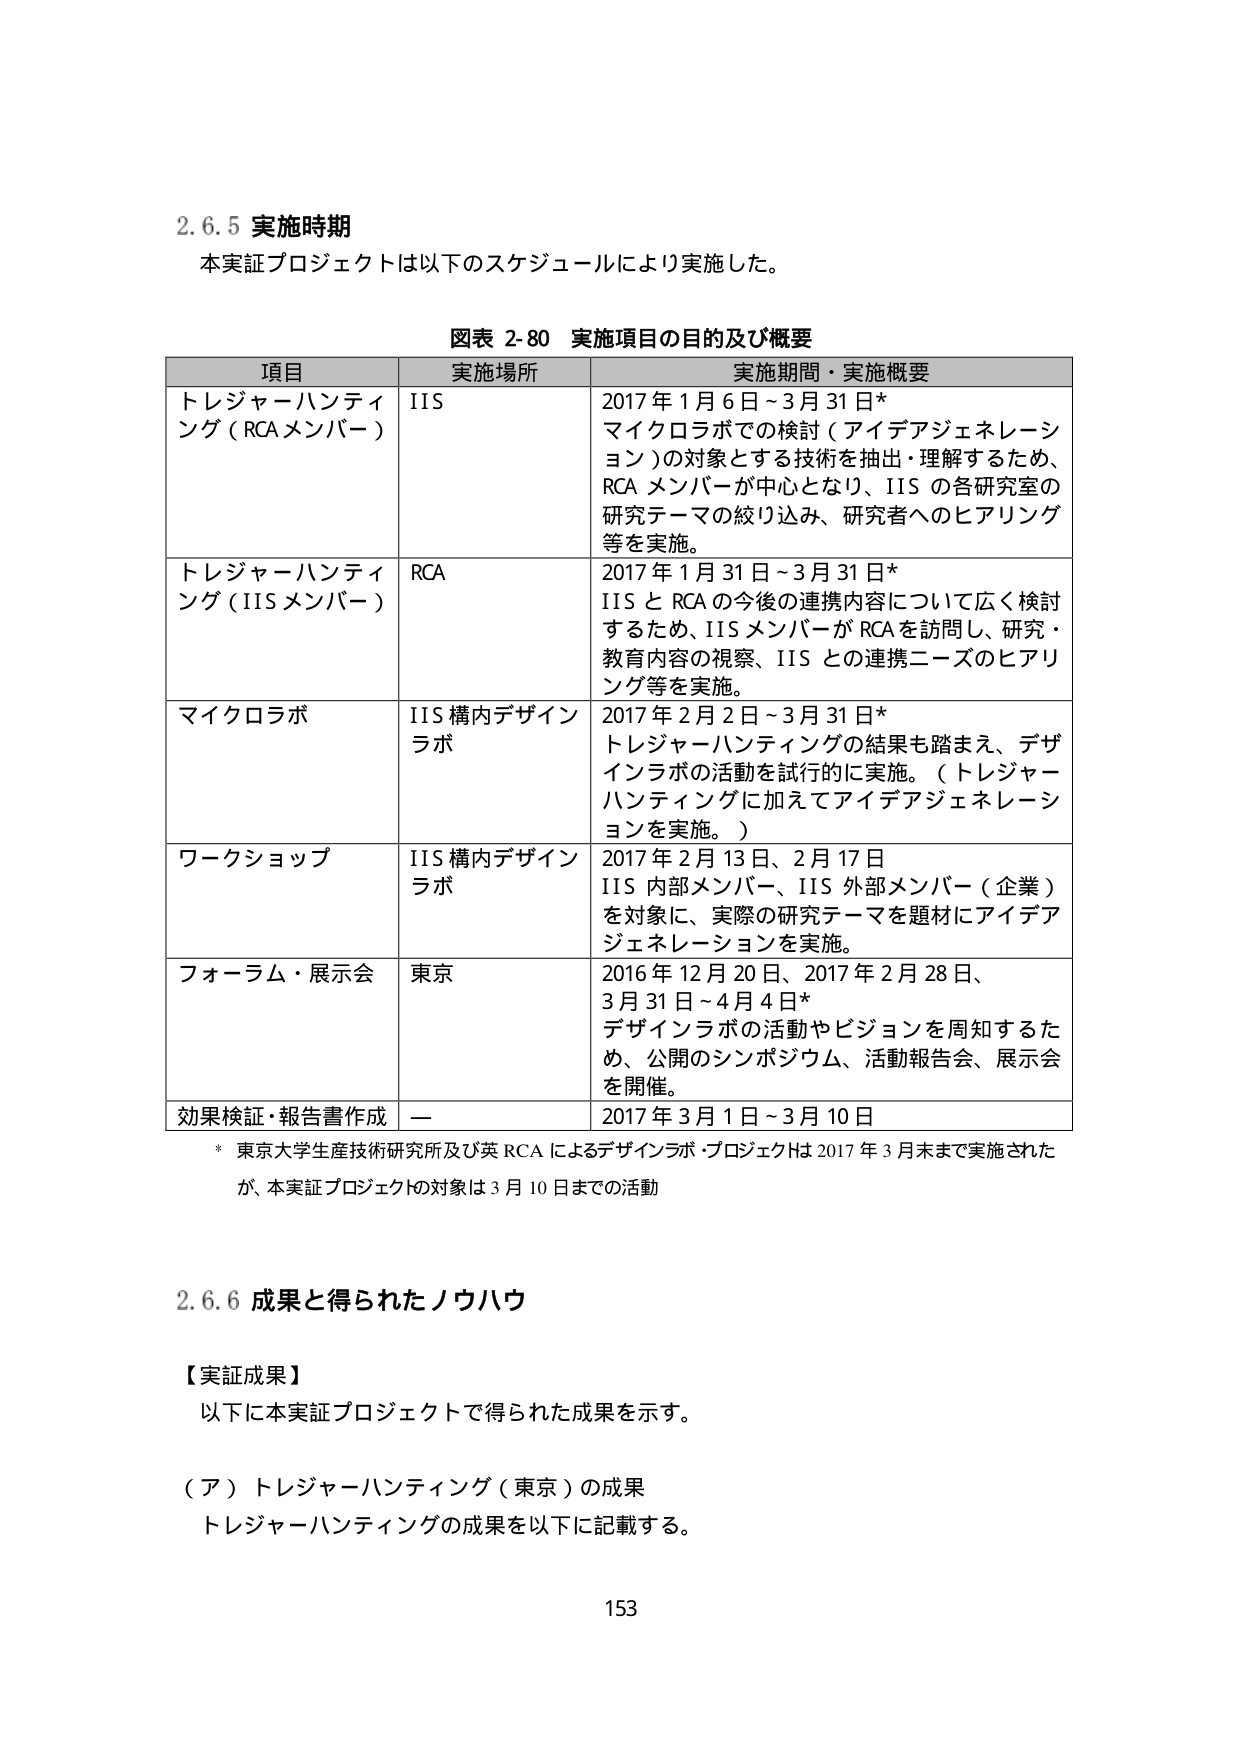
2.6.5 実施時期
本実証プロジェクトは以下のスケジュールにより実施した。

図表 2-80 実施項目の目的及び概要

項目　　　　　　　　　実施場所　　　　　　　実施期間・実施概要
トレジャーハンティング（RCAメンバー）　IIS　　2017年1月6日～3月31日*
　　　　　　　　　　　　　　　　　　　　マイクロラボでの検討（アイデアジェネレーション）の対象とする技術を抽出・理解するため、RCAメンバーが中心となり、IISの各研究室の研究テーマの絞り込み、研究者へのヒアリング等を実施。

トレジャーハンティング（IISメンバー）　RCA　　2017年1月31日～3月31日*
　　　　　　　　　　　　　　　　　　　　IISとRCAの今後の連携内容について広く検討するため、IISメンバーがRCAを訪問し、研究・教育内容の視察、IISとの連携ニーズのヒアリング等を実施。

マイクロラボ　　　　　IIS構内デザインラボ　　2017年2月2日～3月31日*
　　　　　　　　　　　　　　　　　　　　トレジャーハンティングの結果も踏まえ、デザインラボの活動を試行的に実施。（トレジャーハンティングに加えてアイデアジェネレーションを実施。）

ワークショップ　　　　IIS構内デザインラボ　　2017年2月13日、2月17日
　　　　　　　　　　　　　　　　　　　　IIS内部メンバー、IIS外部メンバー（企業）を対象に、実際の研究テーマを題材にアイデアジェネレーションを実施。

フォーラム・展示会　　東京　　　　　　　　2016年12月20日、2017年2月28日、3月31日～4月4日*
　　　　　　　　　　　　　　　　　　　　デザインラボの活動やビジョンを周知するため、公開のシンポジウム、活動報告会、展示会を開催。

効果検証・報告書作成　ー　　　　　　　　2017年3月1日～3月10日

* 東京大学生産技術研究所及び英RCAによるデザインラボ・プロジェクトは2017年3月末まで実施されたが、本実証プロジェクトの対象は3月10日までの活動

2.6.6 成果と得られたノウハウ

【実証成果】
以下に本実証プロジェクトで得られた成果を示す。

（ア）トレジャーハンティング（東京）の成果
トレジャーハンティングの成果を以下に記載する。

153